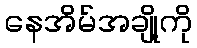
နေအိမ်အချို့ကို